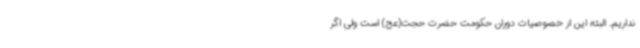
نداریم. البته این از خصوصیات دوران حکومت حضرت حجت(عج) است ولی اگر